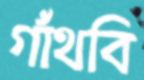
গাঁথবি